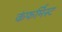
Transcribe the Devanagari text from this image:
कंफर्मिस्ट